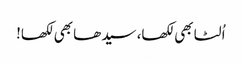
اُلٹا بھی لکھا، سیدھا بھی لکھا!